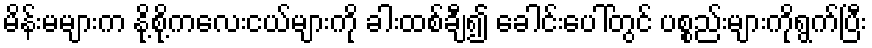
မိန်းမများက နို့စို့ကလေးငယ်များကို ခါးထစ်ချီ၍ ခေါင်းပေါ်တွင် ပစ္စည်းများကိုရွက်ပြီး